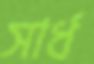
সার্ধ